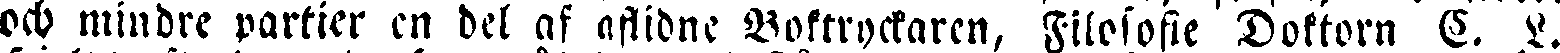
och mindre partier en del af aflidne Boktryckaren, Filosofie Doktorn C. L.